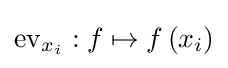
\operatorname {ev} _{x_{i}}:f\mapsto f\left(x_{i}\right)